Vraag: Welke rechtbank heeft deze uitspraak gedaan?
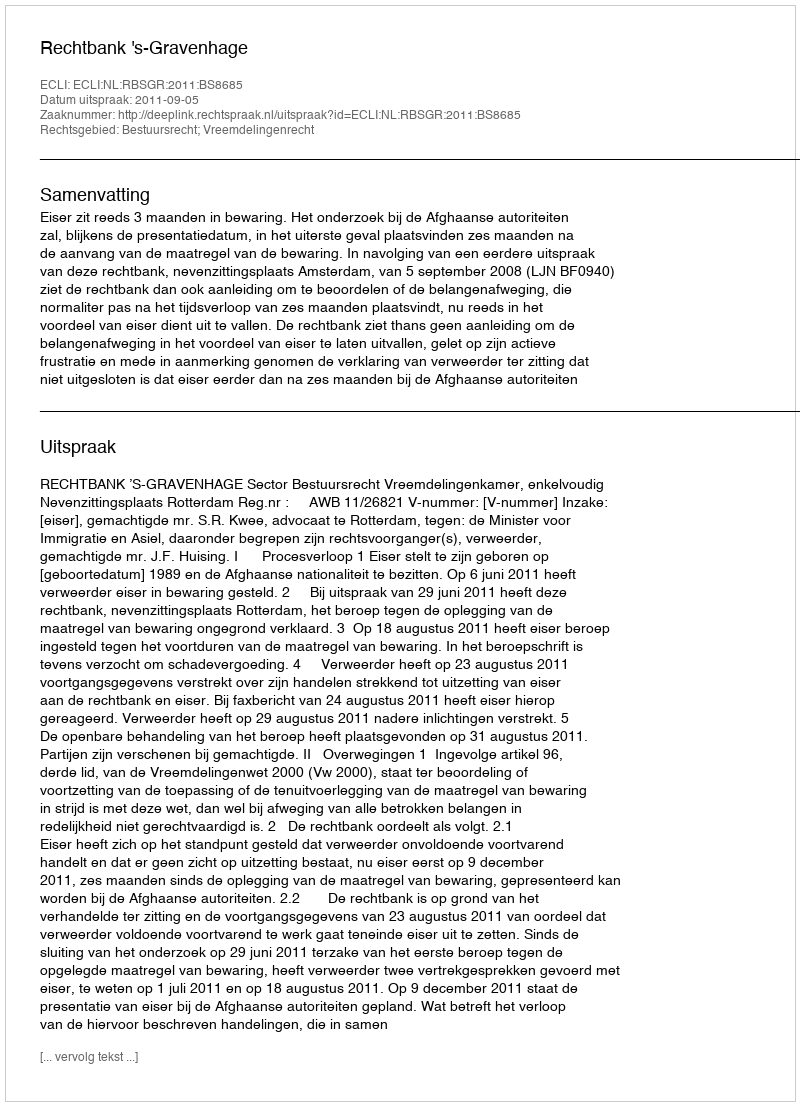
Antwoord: Rechtbank 's-Gravenhage